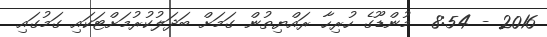
2016 - 8:54  މުންޑޫގެ ހުރިހާ ރައްޔިތުން ގަމަށް ބަދަލުކުރުމަށްޓަކައި ގަމުގައި